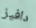
دافيز